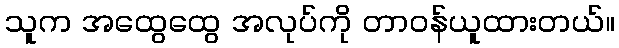
သူက အထွေထွေ အလုပ်ကို တာဝန်ယူထားတယ်။